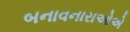
બનાવનારાઓએ